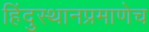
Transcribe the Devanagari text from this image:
हिंदुस्थानप्रमाणेच